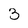
Character: 3